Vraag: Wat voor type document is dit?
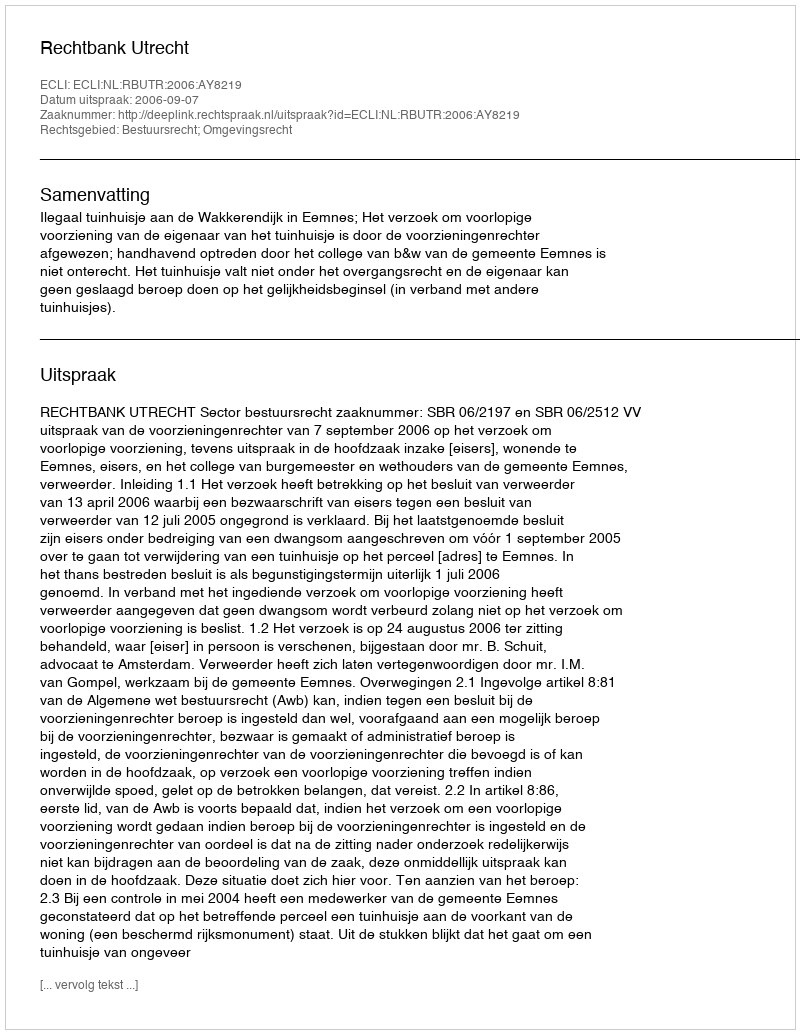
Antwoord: Uitspraak